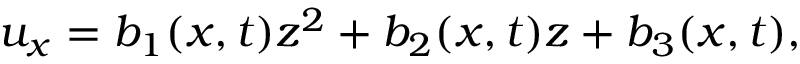
u _ { x } = b _ { 1 } ( x , t ) z ^ { 2 } + b _ { 2 } ( x , t ) z + b _ { 3 } ( x , t ) ,